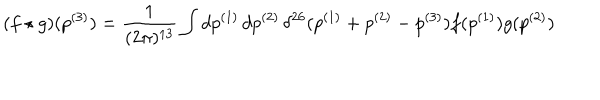
LaTeX: ( f \star g ) ( p ^ { ( 3 ) } ) = \frac { 1 } { ( 2 \pi ) ^ { 1 3 } } \int d p ^ { ( 1 ) } \, d p ^ { ( 2 ) } \, \delta ^ { 2 6 } ( p ^ { ( 1 ) } + p ^ { ( 2 ) } - p ^ { ( 3 ) } ) f ( p ^ { ( 1 ) } ) g ( p ^ { ( 2 ) } )